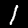
Digit: 1